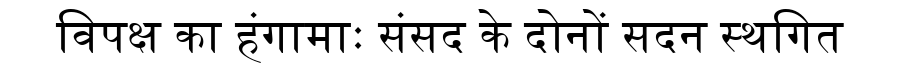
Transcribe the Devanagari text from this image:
विपक्ष का हंगामाः संसद के दोनों सदन स्थगित